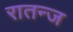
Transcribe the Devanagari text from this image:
रातन्ज